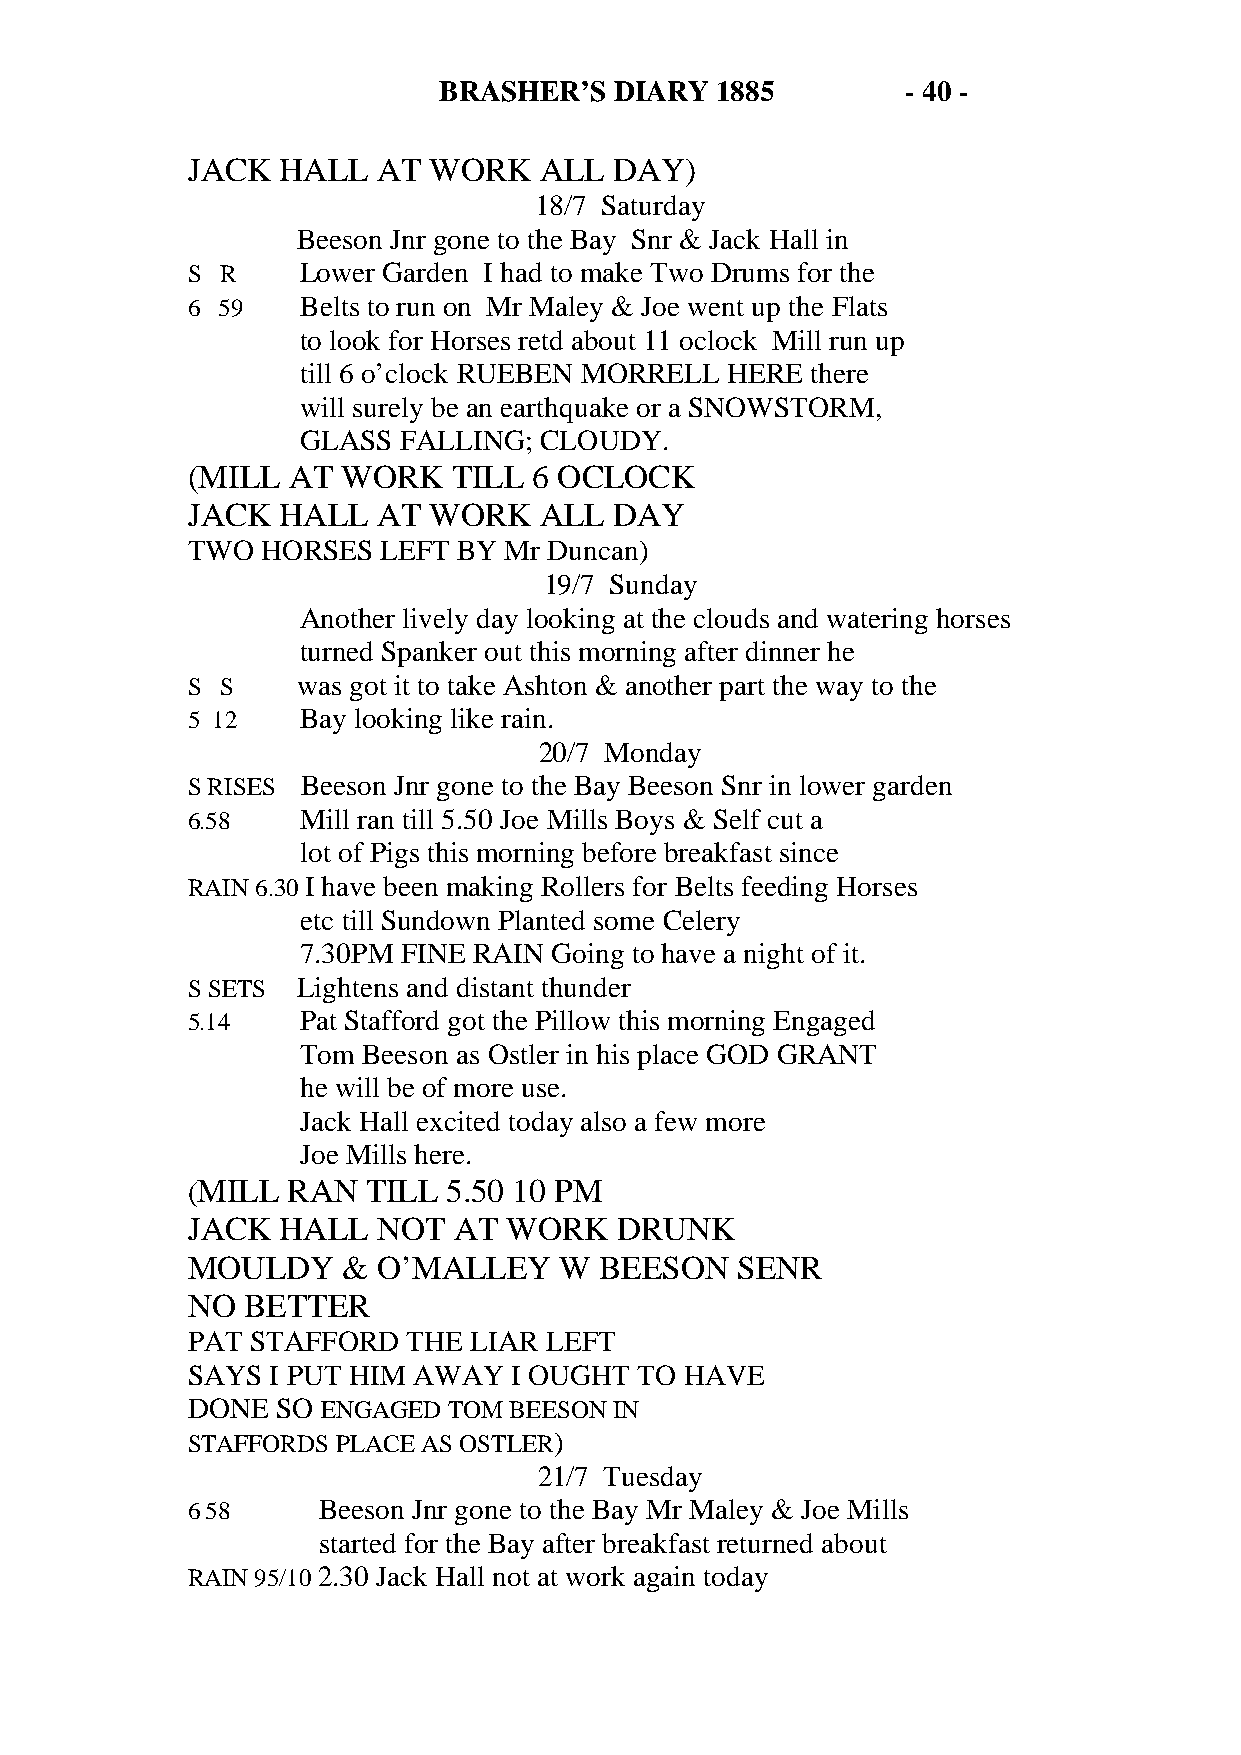
BRASHER’S   DIARY 1885         - 40 -
 JACK  HALL   AT WORK    ALL  DAY)
 18/7 Saturday
 Beeson Jnr gone to the Bay Snr & Jack Hall in
 S  R    Lower Garden I had to make Two Drums for the
 6 59    Belts to run on Mr Maley & Joe went up the Flats
 to look for Horses retd about 11 oclock Mill run up
 till 6 o’clock RUEBEN MORRELL HERE there
 will surely be an earthquake or a SNOWSTORM,
 GLASS FALLING;  CLOUDY.
 (MILL  AT  WORK   TILL 6 OCLOCK
 JACK  HALL   AT WORK    ALL  DAY
 TWO  HORSES  LEFT BY Mr Duncan)
 19/7 Sunday
 Another lively day looking at the clouds and watering horses
 turned Spanker out this morning after dinner he
 S  S    was got it to take Ashton & another part the way to the
 5 12    Bay looking like rain.
 20/7 Monday
 S RISES Beeson Jnr gone to the Bay Beeson Snr in lower garden
 6.58    Mill ran till 5.50 Joe Mills Boys & Self cut a
 lot of Pigs this morning before breakfast since
 RAIN 6.30 I have been making Rollers for Belts feeding Horses
 etc till Sundown Planted some Celery
 7.30PM FINE RAIN Going to have a night of it.
 S SETS  Lightens and distant thunder
 5.14    Pat Stafford got the Pillow this morning Engaged
 Tom Beeson as Ostler in his place GOD GRANT
 he will be of more use.
 Jack Hall excited today also a few more
 Joe Mills here.
 (MILL  RAN  TILL  5.50 10 PM
 JACK  HALL   NOT  AT WORK    DRUNK
 MOULDY     & O’MALLEY    W  BEESON   SENR
 NO  BETTER
 PAT  STAFFORD  THE LIAR LEFT
 SAYS  I PUT HIM AWAY  I OUGHT TO HAVE
 DONE  SO ENGAGED  TOM BEESON IN
 STAFFORDS PLACE AS OSTLER)
 21/7 Tuesday
 6 58     Beeson Jnr gone to the Bay Mr Maley & Joe Mills
 started for the Bay after breakfast returned about
 RAIN 95/10 2.30 Jack Hall not at work again today